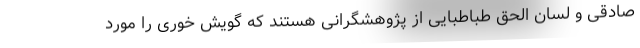
صادقی و لسان الحق طباطبایی از پژوهشگرانی هستند که گویش خوری را مورد